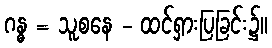
ဂန္ဓ = သူစနေ - ထင်ရှားပြခြင်း၌။